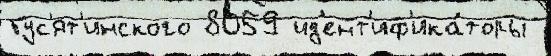
Гус'ят'инского 8059 ид'ент'иф'ика́торы